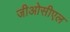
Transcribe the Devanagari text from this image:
जीओसीएल